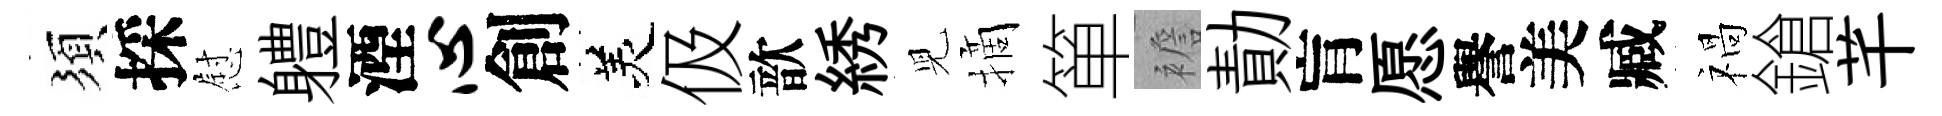
須採慰軆湮心創羙伋歆綉児摘箪襜勣肓愿譽美臧禍鎗芊